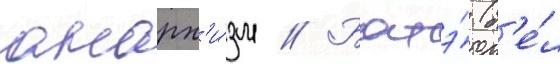
анарх'и́зм // Батэ́ (б'е́л